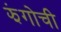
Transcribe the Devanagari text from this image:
झंगोची